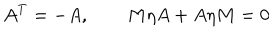
A ^ { \mathrm { T } } = - A , \qquad M \eta A + A \eta M = 0